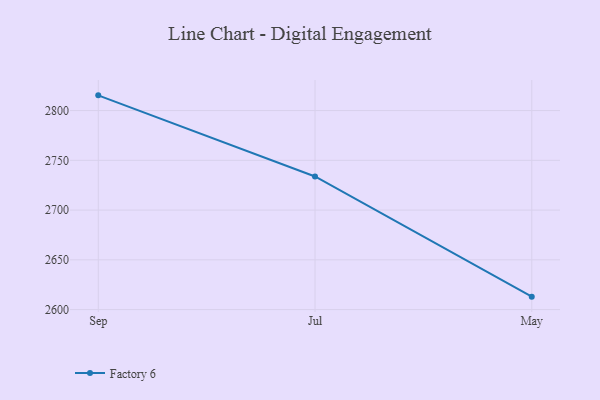
{"axis": {"x": "Month", "y": "Latency (ms)"}, "legend": ["Factory 6"], "data": [{"x": "Sep", "y": 2815.3, "type": "Factory 6"}, {"x": "Jul", "y": 2733.8, "type": "Factory 6"}, {"x": "May", "y": 2613.0, "type": "Factory 6"}]}